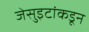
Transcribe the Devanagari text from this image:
जेसुइटांकडून